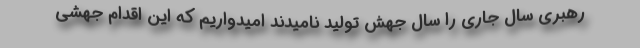
رهبری سال جاری را سال جهش تولید نامیدند امیدواریم که این اقدام جهشی